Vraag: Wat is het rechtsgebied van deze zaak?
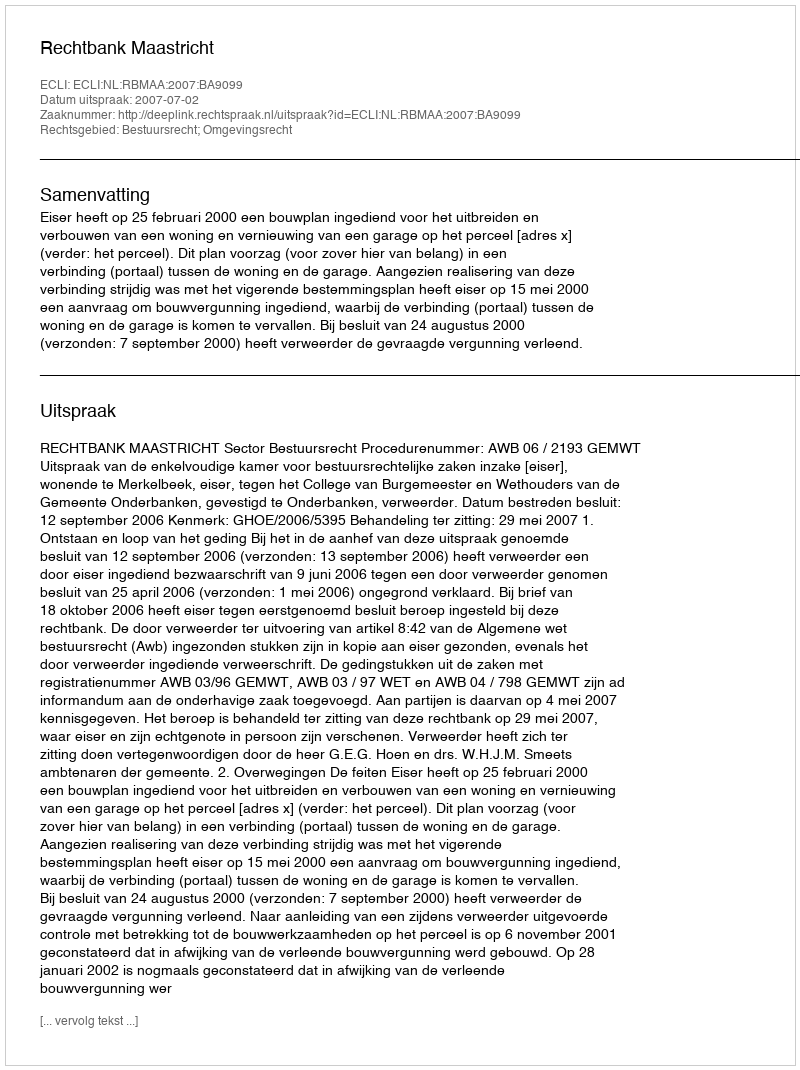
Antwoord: Bestuursrecht; Omgevingsrecht